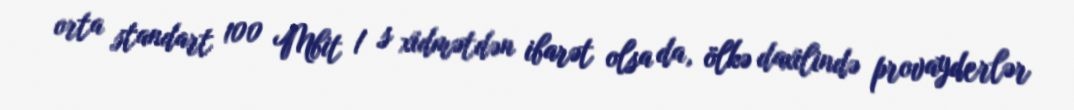
orta standart 100 Mbit / s xidmətdən ibarət olsa da, ölkə daxilində provayderlər